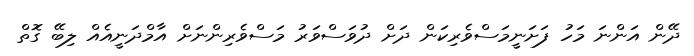
ދޭން އަންނަ މަހު ފަށަނީމަސްވެރިކަން ދަށް ދުވަސްވަރު މަސްވެރިންނަށް އާމްދަނީއެއް ލިބޭ ގޮތް